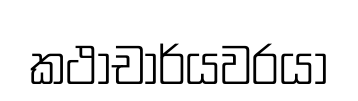
කථාචාර්යවරයා